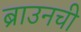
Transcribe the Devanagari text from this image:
ब्राउनची